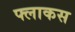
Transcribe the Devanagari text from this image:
फ्लाकस